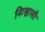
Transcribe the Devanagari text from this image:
निःश्वासी